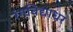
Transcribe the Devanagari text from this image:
रंगविद्याधर